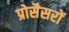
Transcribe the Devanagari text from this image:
प्रोसैसरों